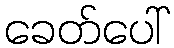
ခေတ်ပေါ်